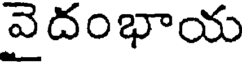
వైదంభాయ